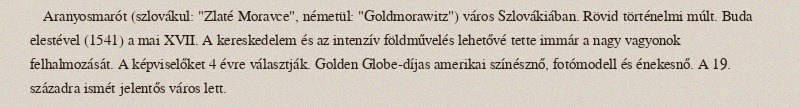
Aranyosmarót (szlovákul: "Zlaté Moravce", németül: "Goldmorawitz") város Szlovákiában. Rövid történelmi múlt. Buda elestével (1541) a mai XVII. A kereskedelem és az intenzív földművelés lehetővé tette immár a nagy vagyonok felhalmozását. A képviselőket 4 évre választják. Golden Globe-díjas amerikai színésznő, fotómodell és énekesnő. A 19. századra ismét jelentős város lett.